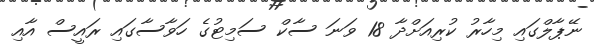
ނޭޕާލްގައި މިހާރު ކުރިއަށްދާ 18 ވަނަ ސާކް ސަމިޓުގެ ހަވާސާގައި ރައީސް އާއި